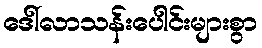
ဒေါ်လာသန်းပေါင်းများစွာ